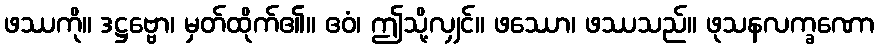
ဖဿကို။ ဒဋ္ဌဗ္ဗော၊ မှတ်ထိုက်၏။ ဧဝံ၊ ဤသို့လျှင်။ ဖဿော၊ ဖဿသည်။ ဖုသနလက္ခဏော